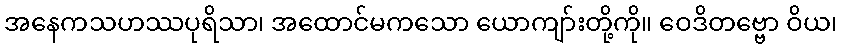
အနေကသဟဿပုရိသာ၊ အထောင်မကသော ယောကျာ်းတို့ကို။ ဝေဒိတဗ္ဗော ဝိယ၊